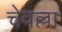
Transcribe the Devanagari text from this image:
चेवल्ला